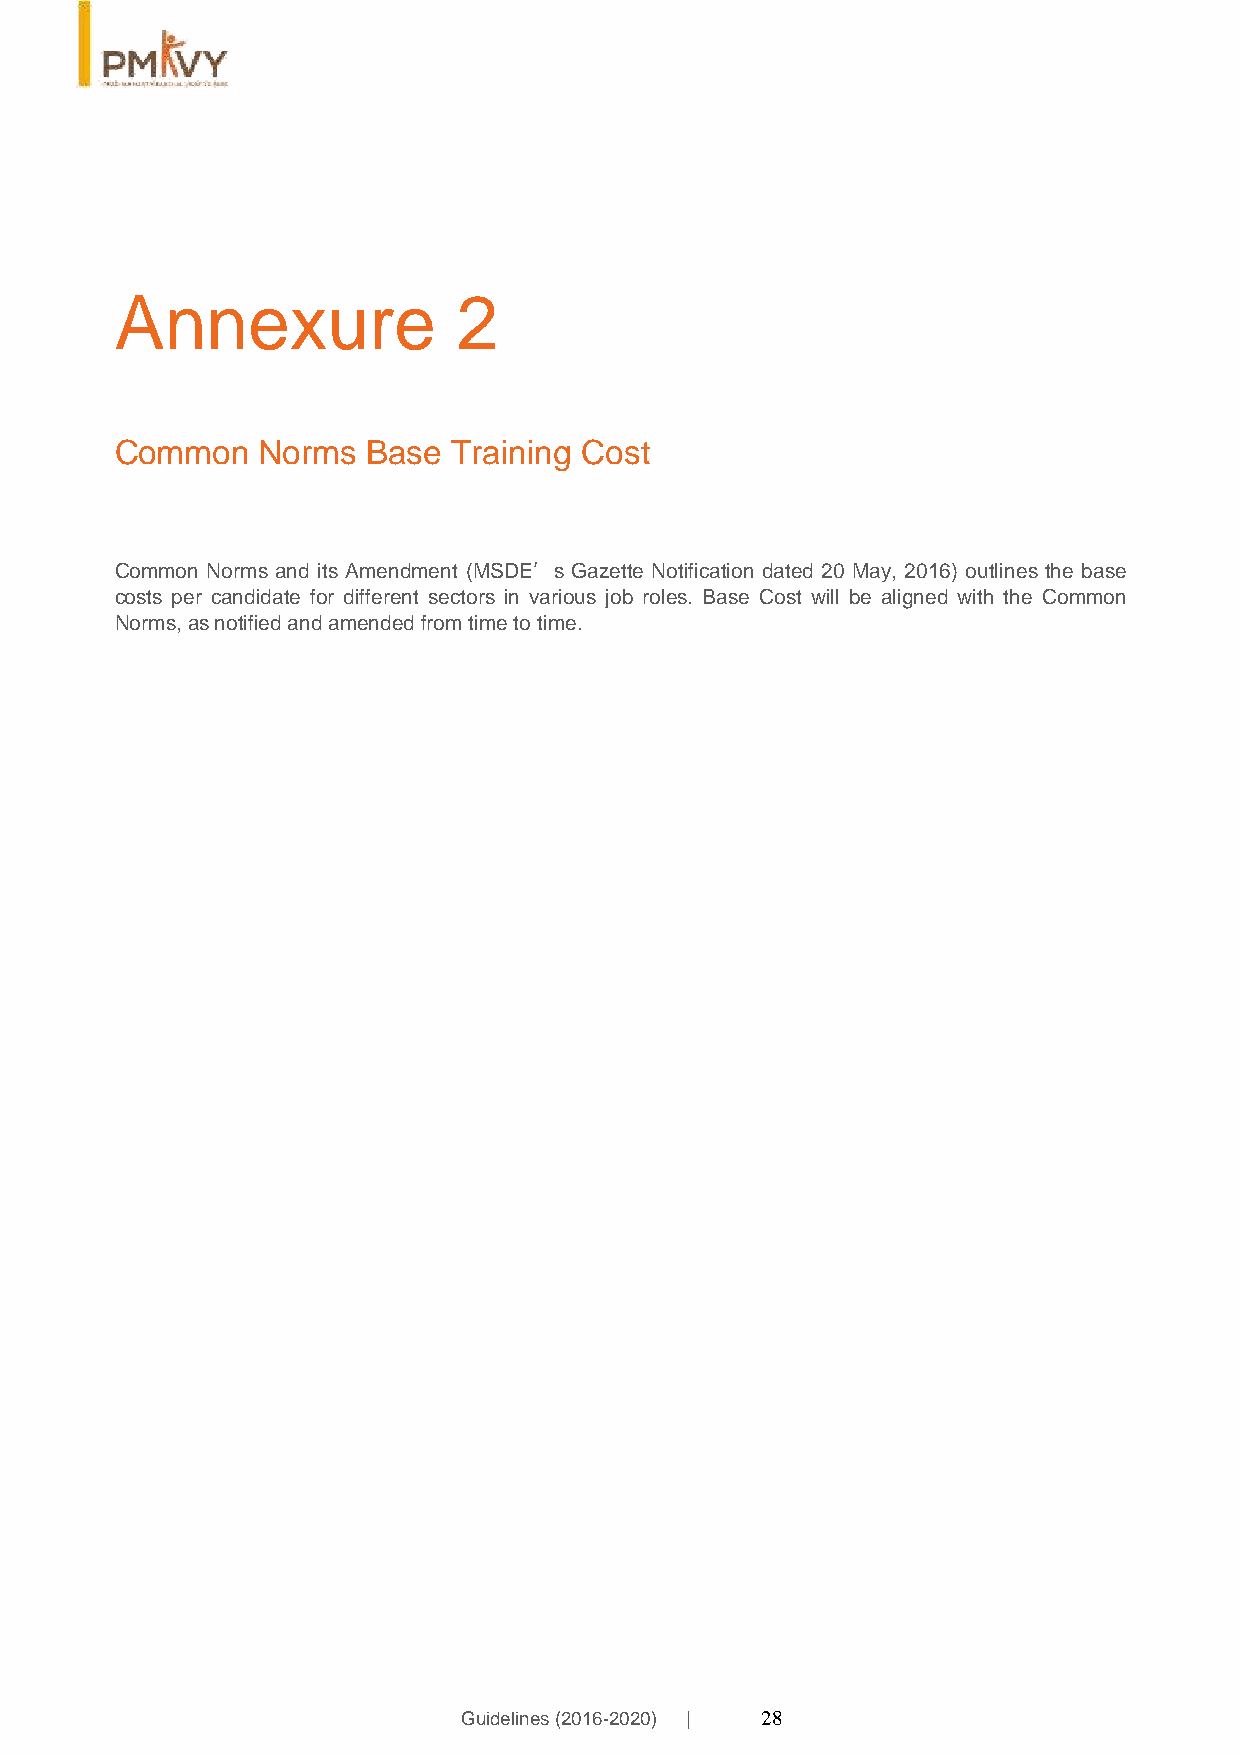
Annexure              2
 Common   Norms  Base  Training Cost
 Common Norms and its Amendment (MSDE’s Gazette Notification dated 20 May, 2016) outlines the base
 costs per candidate for different sectors in various job roles. Base Cost will be aligned with the Common
 Norms, as notified and amended from time to time.
 Guidelines (2016-2020) | 28